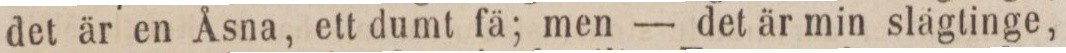
det är en Åsna, ett dumt fä; men — det är min slägtinge,